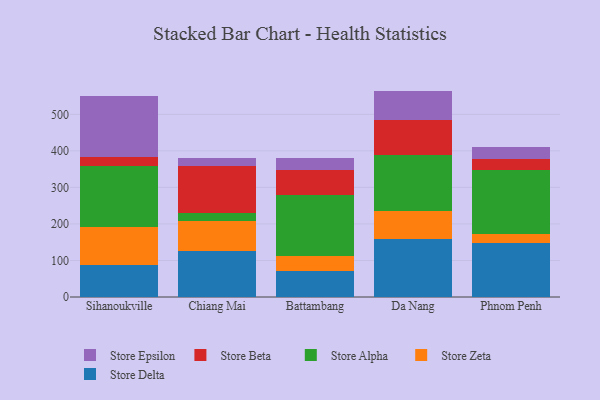
{"axis": {"x": "City", "y": "Market Share (%)"}, "legend": ["Store Alpha", "Store Beta", "Store Delta", "Store Epsilon", "Store Zeta"], "data": [{"x": "Sihanoukville", "y": 86.9, "type": "Store Delta"}, {"x": "Sihanoukville", "y": 105.2, "type": "Store Zeta"}, {"x": "Sihanoukville", "y": 166.7, "type": "Store Alpha"}, {"x": "Sihanoukville", "y": 25.2, "type": "Store Beta"}, {"x": "Sihanoukville", "y": 164.9, "type": "Store Epsilon"}, {"x": "Chiang Mai", "y": 125.4, "type": "Store Delta"}, {"x": "Chiang Mai", "y": 81.3, "type": "Store Zeta"}, {"x": "Chiang Mai", "y": 23.9, "type": "Store Alpha"}, {"x": "Chiang Mai", "y": 127.2, "type": "Store Beta"}, {"x": "Chiang Mai", "y": 21.6, "type": "Store Epsilon"}, {"x": "Battambang", "y": 71.5, "type": "Store Delta"}, {"x": "Battambang", "y": 41.6, "type": "Store Zeta"}, {"x": "Battambang", "y": 167.0, "type": "Store Alpha"}, {"x": "Battambang", "y": 66.8, "type": "Store Beta"}, {"x": "Battambang", "y": 33.1, "type": "Store Epsilon"}, {"x": "Da Nang", "y": 159.7, "type": "Store Delta"}, {"x": "Da Nang", "y": 76.1, "type": "Store Zeta"}, {"x": "Da Nang", "y": 151.9, "type": "Store Alpha"}, {"x": "Da Nang", "y": 96.9, "type": "Store Beta"}, {"x": "Da Nang", "y": 79.7, "type": "Store Epsilon"}, {"x": "Phnom Penh", "y": 146.6, "type": "Store Delta"}, {"x": "Phnom Penh", "y": 25.3, "type": "Store Zeta"}, {"x": "Phnom Penh", "y": 176.2, "type": "Store Alpha"}, {"x": "Phnom Penh", "y": 30.5, "type": "Store Beta"}, {"x": "Phnom Penh", "y": 33.1, "type": "Store Epsilon"}]}